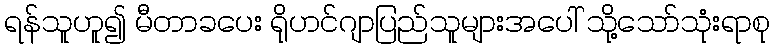
ရန်သူဟူ၍ မီတာခပေး ရိုဟင်ဂျာပြည်သူများအပေါ် သို့သော်သုံးရာစု